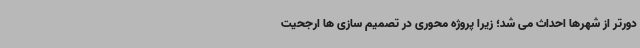
دورتر از شهرها احداث می شد؛ زیرا پروژه محوری در تصمیم سازی ها ارجحیت